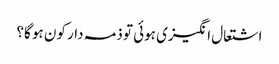
اشتعال انگیزی ہوئی تو ذمہ دار کون ہو گا؟